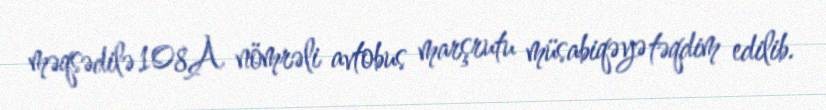
məqsədilə 108A nömrəli avtobus marşrutu müsabiqəyə təqdim edilib.